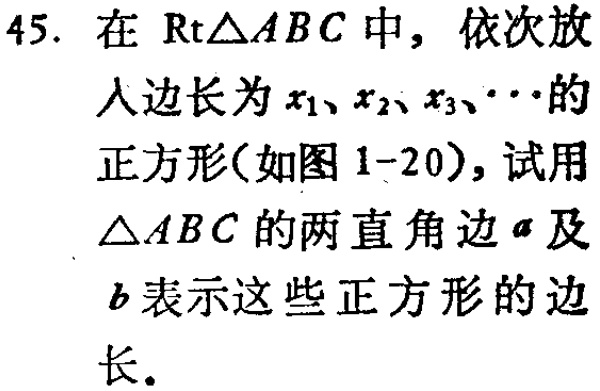
45. 在$\text{Rt}\triangle ABC$中，依次放入边长为$x_{1}、x_{2}、x_{3}、\cdots$的正方形(如图1-20)，试用$\triangle ABC$的两直角边$a$及$b$表示这些正方形的边长。